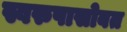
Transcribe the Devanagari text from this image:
स्वरुपासोबत